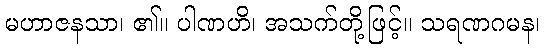
မဟာဇနသာ၊ ၏။ ပါဏဟိ၊ အသက်တို့ဖြင့်။ သရဏဂမန၊